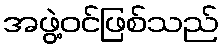
အဖွဲ့ဝင်ဖြစ်သည်